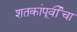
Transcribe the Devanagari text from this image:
शतकांपूर्वीचा